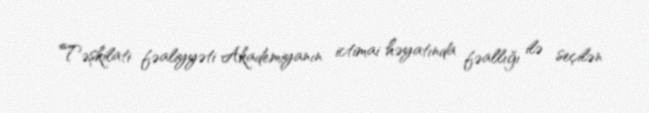
Təşkilati fəaliyyəti Akademiyanın ictimai həyatında fəallığı ilə seçilən